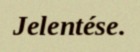
Jelentése.